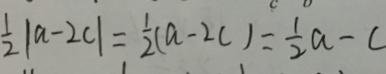
\frac { 1 } { 2 } \vert a - 2 c \vert = \frac { 1 } { 2 } ( a - 2 c ) = \frac { 1 } { 2 } a - c